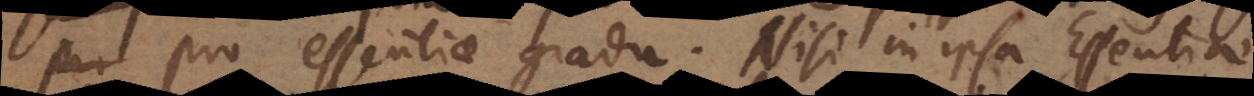
pro essentiae gradu. Nisi in ipsa Essentiae